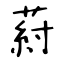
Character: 葤